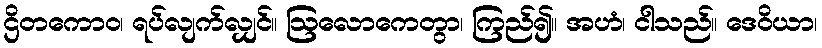
ဌိတကောဝ၊ ရပ်လျက်လျှင်။ ဩလောကေတွာ၊ ကြည်၍။ အဟံ၊ ငါသည်။ ဒေဝိယာ၊